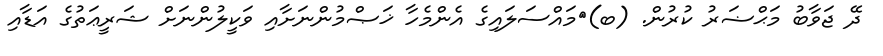
ދޭ ޖަވާބު މަޙްޟަރު ކުރުން. (ބ)	މައްސަލައިގެ އެންމެހާ ޚަޞްމުންނަށާއި ވަކީލުންނަށް ޝަރީޢަތުގެ އަޑާއި